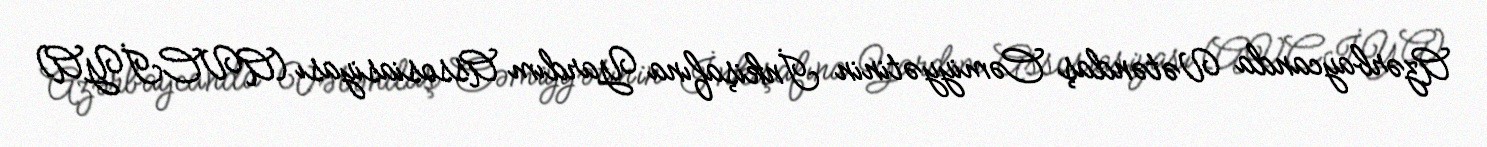
Azərbaycanda Vətəndaş Cəmiyyətinin İnkişafına Yardım Assosiasiyası (AVCİYA)